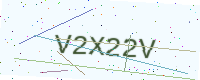
Text: V2X22V